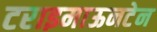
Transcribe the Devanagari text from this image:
टराइमाऊनटेन